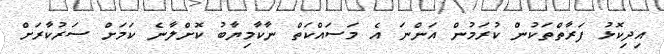
އިދިކޮޅު ފަރާތްތަކުން ކުރަމުން އަންނަ އެ މަސައްކަތް ނާކާމިޔާބު ކޮށްލާނެ ކަމަށް ސަރުކާރަށް